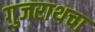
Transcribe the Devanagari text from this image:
गुजराथचा